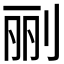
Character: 𰄭